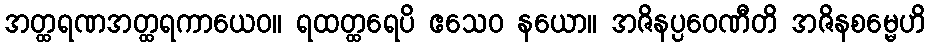
အတ္ထရဏအတ္ထရကာယေဝ။ ရထတ္ထရေပိ ဧသေဝ နယော။ အဇိနပ္ပဝေဏီတိ အဇိနစမ္မေဟိ